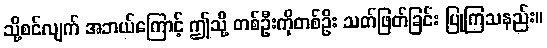
သို့စင်လျက် အဘယ်ကြောင့် ဤသို့ တစ်ဦးကိုတစ်ဦး သတ်ဖြတ်ခြင်း ပြုကြသနည်း။